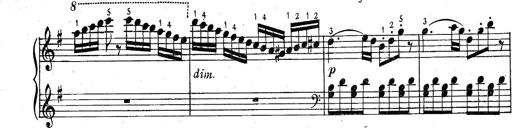
Title: 6 Easy Sonatinas
Composer: Carl Czerny